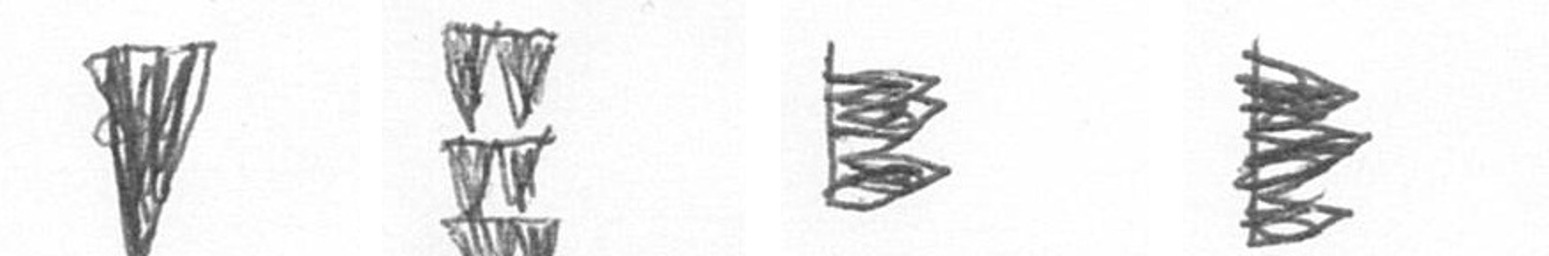
J Y H H